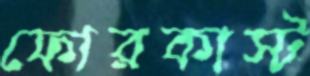
ফোরকাস্ট